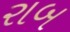
રાબ